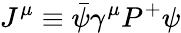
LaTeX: J^{\mu}\equiv\bar{\psi}\gamma^{\mu}P^{+}\psi